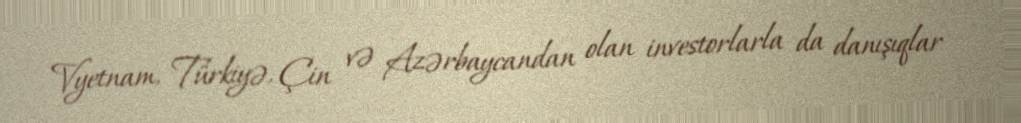
Vyetnam, Türkiyə, Çin və Azərbaycandan olan investorlarla da danışıqlar